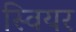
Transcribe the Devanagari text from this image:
स्वियर